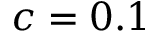
c = 0 . 1